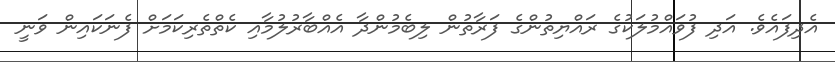
އެދިފައެވެ. އަދި ފުވައްމުލަކުގެ ރައްޔިތުންގެ ފަރާތުން ލިބެމުންދާ އެއްބާރުލުމާއި ކެތްތެރިކަމަށް ފެނަކައިން ވަނީ